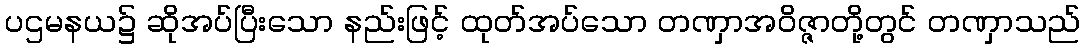
ပဌမနယ၌ ဆိုအပ်ပြီးသော နည်းဖြင့် ထုတ်အပ်သော တဏှာအဝိဇ္ဇာတို့တွင် တဏှာသည်